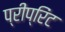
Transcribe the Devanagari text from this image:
प्रीप्रिंट